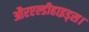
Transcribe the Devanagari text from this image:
औरएल्डीहाइड्स।